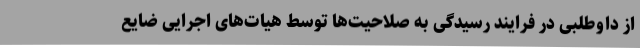
از داوطلبی در فرایند رسیدگی به صلاحیت‌ها توسط هیات‌های اجرایی ضایع